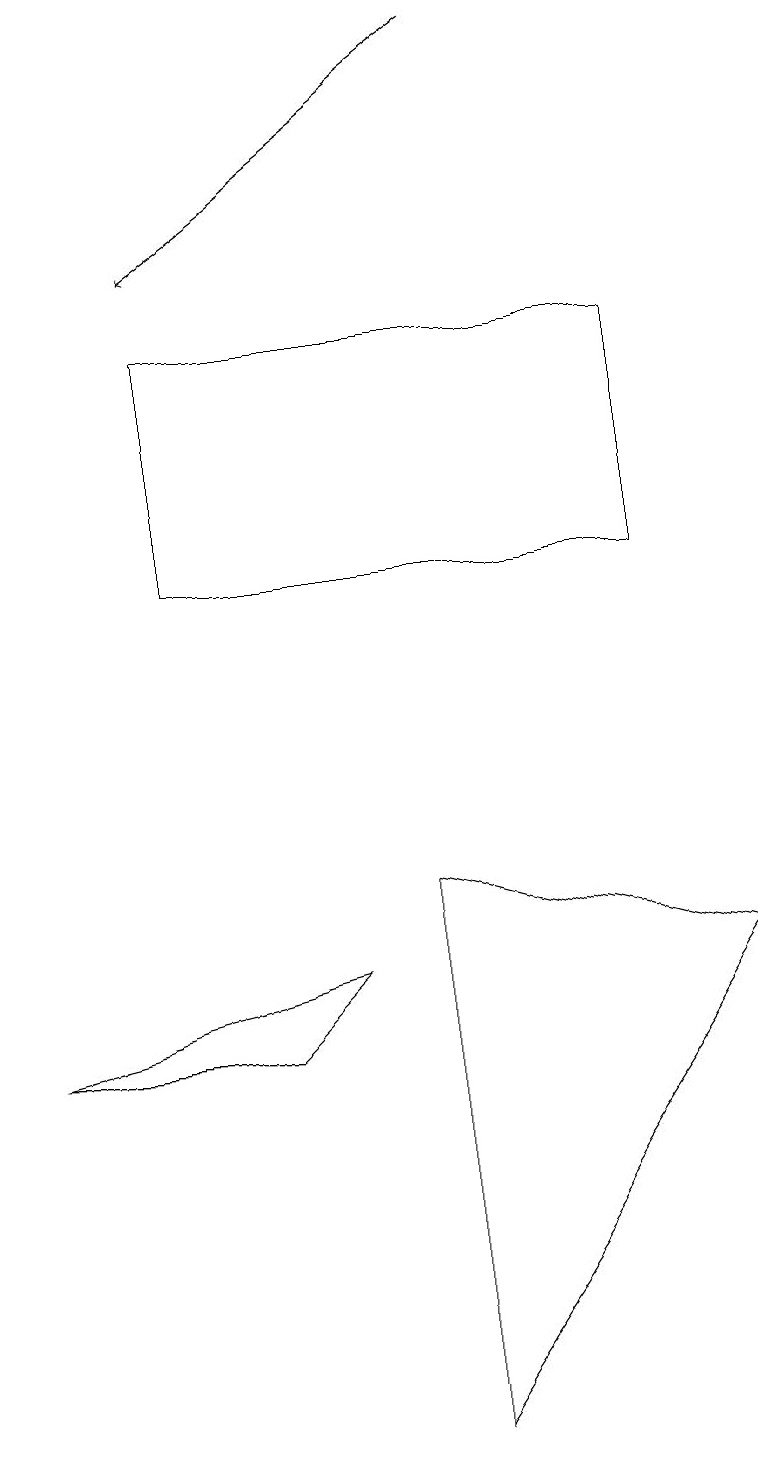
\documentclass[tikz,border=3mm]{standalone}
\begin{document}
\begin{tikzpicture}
\draw (0,6) -- (4,7) -- (3,6) -- cycle;
\draw (2,15) rectangle (8,12);
\draw[->] (6,19) -- (2,16);
\draw (9,7) -- (5,1) -- (5,8) -- cycle;
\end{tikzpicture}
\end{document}